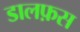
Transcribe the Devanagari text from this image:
डालफ़स